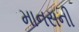
માનસની